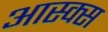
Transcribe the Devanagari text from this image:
आस्क्स